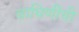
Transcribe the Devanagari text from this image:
वाघिणींची